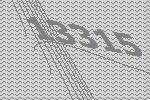
13315